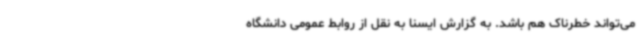
می‌تواند خطرناک هم باشد. به گزارش ایسنا به نقل از روابط عمومی دانشگاه